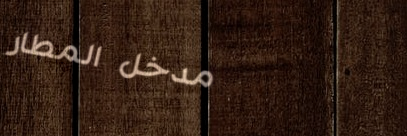
مدخل المطار